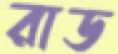
রাড